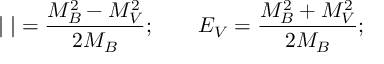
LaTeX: \vert { \bf \Delta } \vert = \frac { M _ { B } ^ { 2 } - M _ { V } ^ { 2 } } { 2 M _ { B } } ; \qquad E _ { V } = \frac { M _ { B } ^ { 2 } + M _ { V } ^ { 2 } } { 2 M _ { B } } ;